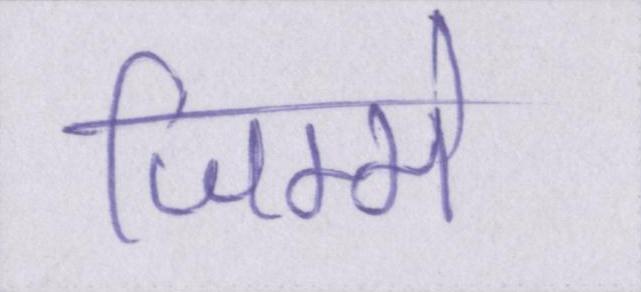
जिम्मे